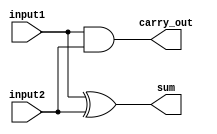
module half_adder(sum, carry_out, input1, input2);
input input1, input2;
output sum, carry_out;

xor sum_of_digits(sum, input1, input2);
and carry_of_sum(carry_out, input1, input2);

endmodule

module full_adder(sum, carry_out, input1, input2, carry_in);
input input1, input2, carry_in;
output sum, carry_out;
wire temp_sum, first_carry_out, second_carry_out;

half_adder first_sum(temp_sum, first_carry_out, input1, input2);
half_adder second_sum(sum, second_carry_out, temp_sum, carry_in);

or final_carry_out(carry_out, second_carry_out, first_carry_out);

endmodule

module adder_2 (out,carry_out,input1,input2,carry_in);
input [1:0] input1, input2;
input carry_in;
output carry_out;
output [1:0] out;
wire intermediate_carry;

full_adder f(out[0], intermediate_carry, input1[0], input2[0], carry_in),
           s(out[1], carry_out, input1[1], input2[1], intermediate_carry);
endmodule


module adder_4 (out,carry_out,input1,input2,carry_in);
input [3:0] input1, input2;
input carry_in;
output carry_out;
output [3:0] out;
wire intermediate_carry;

adder_2 f(out[1:0], intermediate_carry, input1[1:0], input2[1:0], carry_in),
           s(out[3:2], carry_out, input1[3:2], input2[3:2], intermediate_carry);
endmodule

module adder_8 (out,carry_out,input1,input2,carry_in);
input [7:0] input1, input2;
input carry_in;
output carry_out;
output [7:0] out;
wire intermediate_carry;

adder_4 f(out[3:0], intermediate_carry, input1[3:0], input2[3:0], carry_in),
            s(out[7:4], carry_out, input1[7:4], input2[7:4], intermediate_carry);
endmodule

module adder_16 (out,carry_out,input1,input2,carry_in);
input [15:0] input1, input2;
input carry_in;
output carry_out;
output [15:0] out;
wire intermediate_carry;

adder_8 f(out[7:0], intermediate_carry, input1[7:0], input2[7:0], carry_in),
            s(out[15:8], carry_out, input1[15:8], input2[15:8], intermediate_carry);
endmodule

module adder_32_i (out,carry_out,input1,input2,carry_in);
input [31:0] input1, input2;
input carry_in;
output carry_out;
output [31:0] out;
wire intermediate_carry;

adder_16 f(out[15:0], intermediate_carry, input1[15:0], input2[15:0], carry_in),
            s(out[31:16], carry_out, input1[31:16], input2[31:16], intermediate_carry);
endmodule


module adder_32 (out,input1,input2);
input [31:0] input1, input2;
wire carry_out;
output [31:0] out;
wire intermediate_carry;

adder_16 f(out[15:0], intermediate_carry, input1[15:0], input2[15:0], 1'b0),
            s(out[31:16], carry_out, input1[31:16], input2[31:16], intermediate_carry);
endmodule